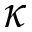
\kappa